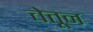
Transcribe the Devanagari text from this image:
चेतून